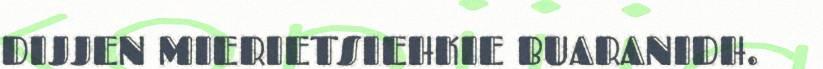
DIJJEN MIERIETSIEHKIE BUARANIDH.